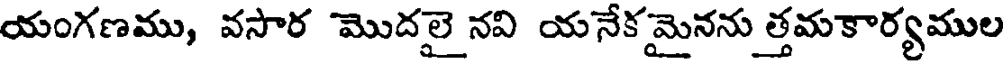
యంగణము, వసార మొదలై నవి యనేకమైనను త్తమకార్యముల